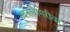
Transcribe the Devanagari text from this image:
बच्चेगिरीवर